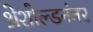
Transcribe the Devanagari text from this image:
थ्रेशोल्डनंतर